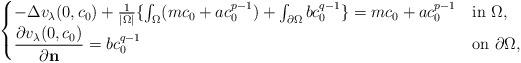
LaTeX: \begin{align*}\begin{cases}-\Delta v_\lambda (0,c_0) + \frac{1}{|\Omega|} \{ \int_\Omega (mc_0 +a c_0^{p-1}) + \int_{\partial \Omega} b c_0^{q-1} \} = mc_0 + a c_0^{p-1} & \mbox{in $\Omega$}, \\\dfrac{\partial v_\lambda (0,c_0)}{\partial \mathbf{n}} = b c_0^{q-1} & \mbox{on $\partial \Omega$}, \end{cases}\end{align*}